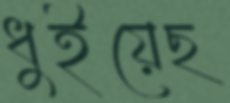
ধুইয়েছ